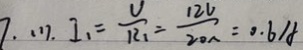
7 . ( 1 ) . I _ { 1 } = \frac { v } { R _ { 1 } } = \frac { 1 2 v } { 2 0 } = 0 . 6 A